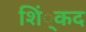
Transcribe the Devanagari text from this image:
शिं्कद